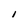
Character: I